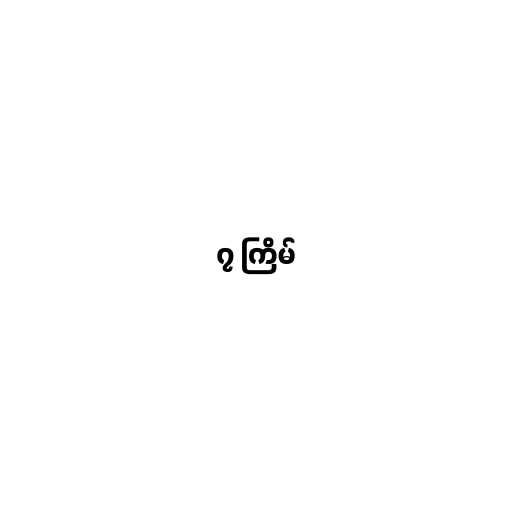
၇ ကြိမ်